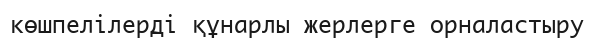
көшпелілерді құнарлы жерлерге орналастыру